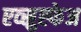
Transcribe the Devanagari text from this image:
एव्स्रुह्फेअ